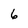
Character: 6